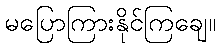
မပြောကြားနိုင်ကြချေ။